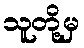
သူတို့မှ